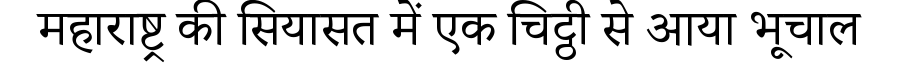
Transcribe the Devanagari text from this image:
महाराष्ट्र की सियासत में एक चिट्ठी से आया भूचाल